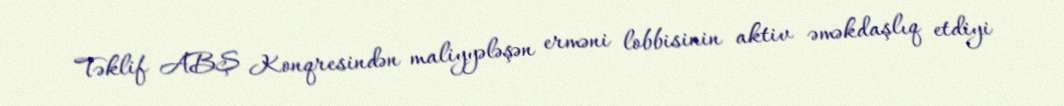
Təklif ABŞ Konqresindən maliyyələşən erməni lobbisinin aktiv əməkdaşlıq etdiyi